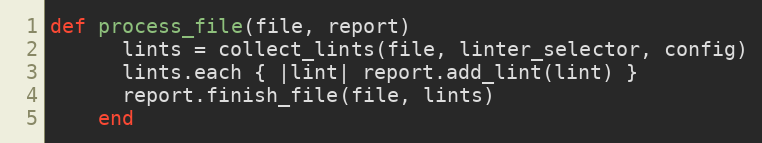
Language: Ruby
def process_file(file, report)
      lints = collect_lints(file, linter_selector, config)
      lints.each { |lint| report.add_lint(lint) }
      report.finish_file(file, lints)
    end